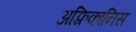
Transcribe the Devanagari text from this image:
अफ़्रिकानिस